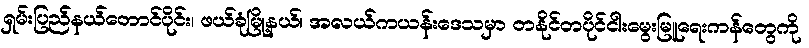
ရှမ်းပြည်နယ်တောင်ပိုင်း၊ ဖယ်ခုံမြို့နယ်၊ အလယ်ကယန်းဒေသမှာ တနိုင်တပိုင်ငါးမွေးမြူရေးကန်တွေကို